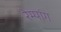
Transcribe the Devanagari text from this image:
रेम्पांग